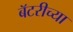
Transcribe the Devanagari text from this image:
बॅटरीच्या